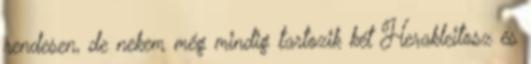
rendesen, de nekem még mindig tartozik két Herakleitosz és